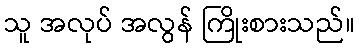
သူ အလုပ် အလွန် ကြိုးစားသည်။